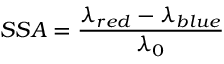
S S A = \frac { \lambda _ { r e d } - \lambda _ { b l u e } } { \lambda _ { 0 } }